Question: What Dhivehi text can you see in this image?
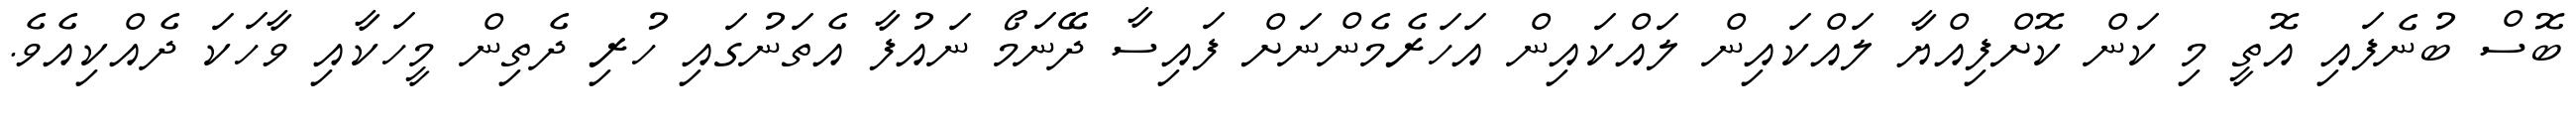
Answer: ބޮސް ބުނެފައި އޮތީ މި ކަން ކޮށްފިއްޔާ ލައްކައިން ލައްކައިން އަހަރެމެންނަށް ފައިސާ ދޭނަމޯ ނައުފާ އެތަނުގައި ހުރި ދެތިން މީހަކާއި ވާހަކަ ދެއްކިއެވެ.